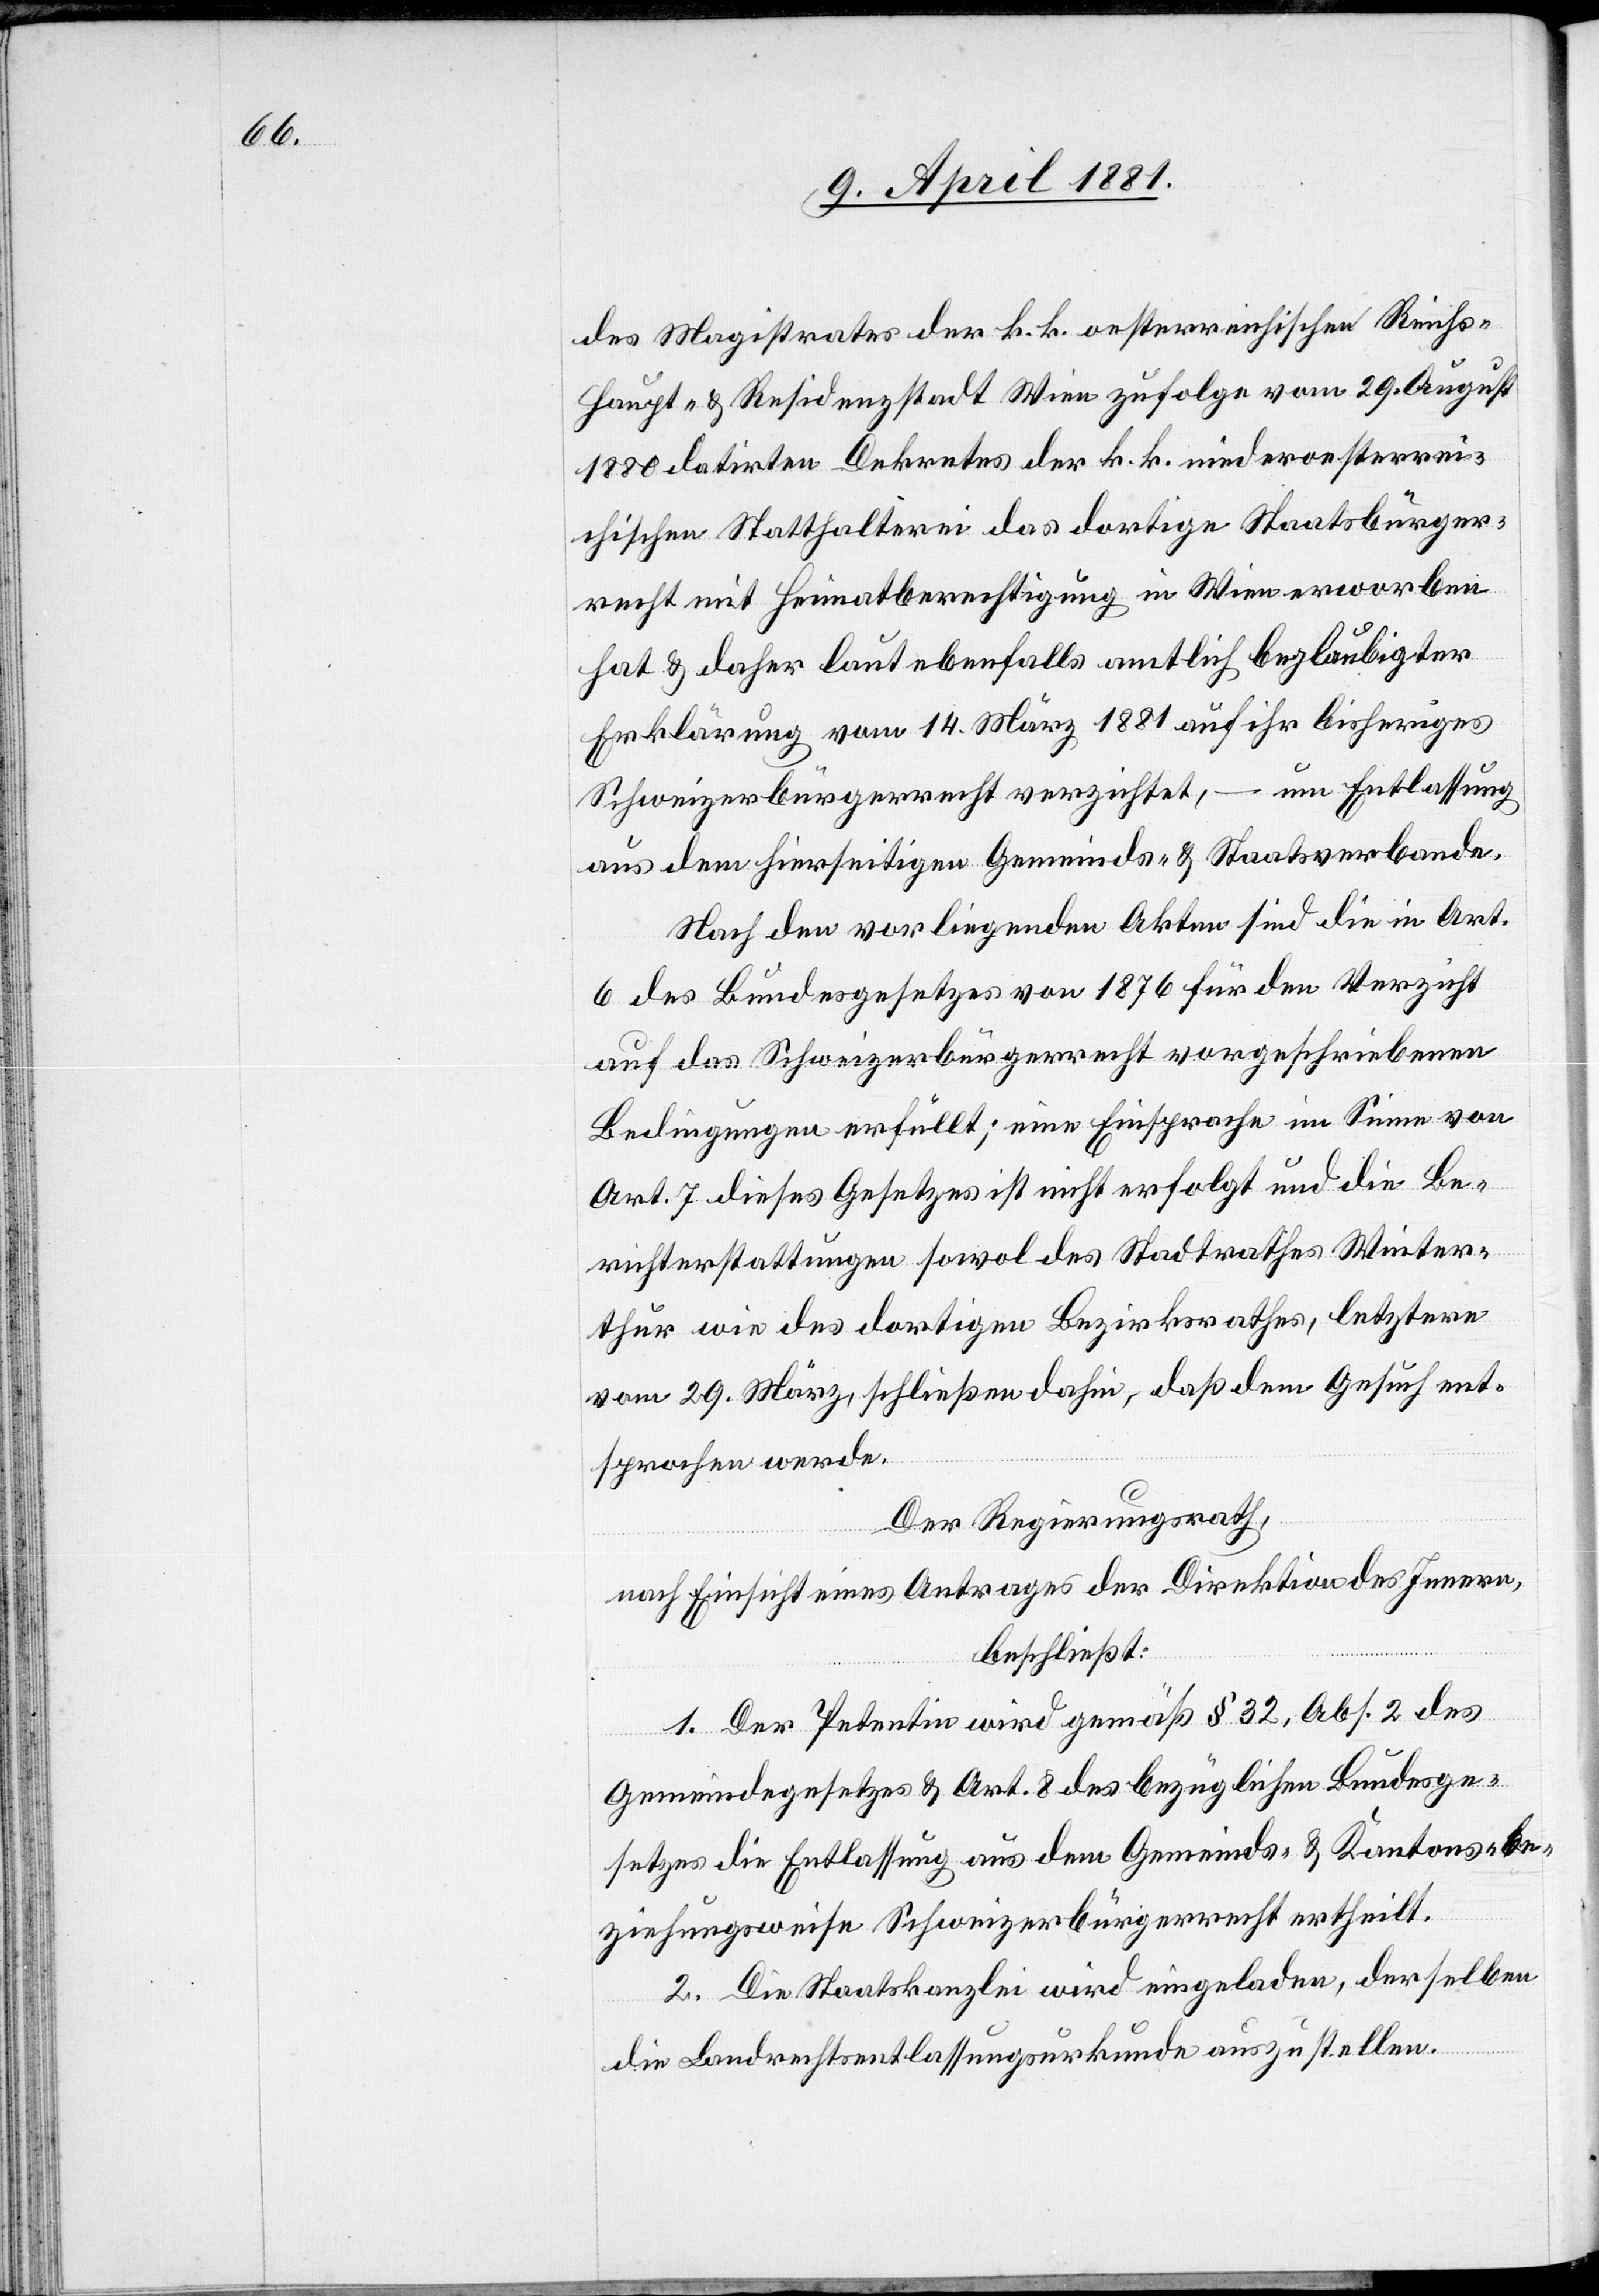
des Magistrates der k. k. oesterreichischen Reichs¬
haupt- & Residenzstadt Wien zufolge vom 29. August
1880 datirten Dekretes der k. k. niederoesterrei¬
chischen Statthalterei das dortige Staatsbürger¬
recht mit Heimatberechtigung in Wien erworben
hat & daher laut ebenfalls amtlich beglaubigter
Erklärung vom 14. März 1881 auf ihr bisheriges
Schweizerbürgerrecht verzichtet, – um Entlassung
aus dem hierseitigen Gemeinds- & Staatsverbande.
Nach den vorliegenden Akten sind die in Art.
6 des Bundesgesetzes von 1876 für den Verzicht
auf das Schweizerbürgerrecht vorgeschriebenen
Bedingungen erfüllt; eine Einsprache im Sinne von
Art. 7 dieses Gesetzes ist nicht erfolgt und die Be¬
richterstattungen sowol des Stadtrathes Winter¬
thur wie des dortigen Bezirksrathes, letztere
vom 29. März, schließen dahin, daß dem Gesuch ent¬
sprochen werde.
Der Regierungsrath,
nach Einsicht eines Antrages der Direktion des Innern,
beschließt:
1. Der Petentin wird gemäß § 32, Abs. 2 des
Gemeindegesetzes & Art. 8 des bezüglichen Bundesge¬
setzes die Entlassung aus dem Gemeinds- & Kantons- be¬
ziehungsweise Schweizerbürgerrecht ertheilt.
2. Die Staatskanzlei wird eingeladen, derselben
die Landrechtsentlassungsurkunde auszustellen.